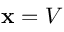
\mathbf { x } = V